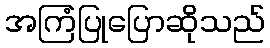
အကြံပြုပြောဆိုသည်